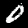
Digit: 0